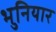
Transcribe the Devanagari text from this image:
भुनियार